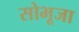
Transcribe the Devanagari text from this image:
सोभूजा